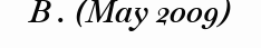
B . (May 2009)